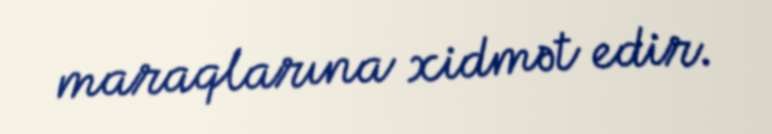
maraqlarına xidmət edir.